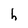
Character: h